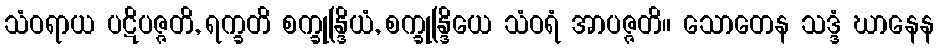
သံဝရာယ ပဋိပဇ္ဇတိ, ရက္ခတိ စက္ခုန္ဒြိယံ, စက္ခုန္ဒြိယေ သံဝရံ အာပဇ္ဇတိ။ သောတေန သဒ္ဒံ ဃာနေန